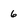
Character: 6